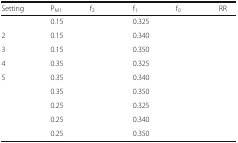
<table><thead><tr><td><b>Setting</b></td><td><b>P<sub>M1</sub></b></td><td><b>f<sub>2</sub></b></td><td><b>f<sub>1</sub></b></td><td><b>f<sub>0</sub></b></td><td><b>RR</b></td></tr></thead><tbody><tr><td>[EMPTY_CELL]</td><td>0.15</td><td>[EMPTY_CELL]</td><td>0.325</td><td>[EMPTY_CELL]</td><td>[EMPTY_CELL]</td></tr><tr><td>2</td><td>0.15</td><td>[EMPTY_CELL]</td><td>0.340</td><td>[EMPTY_CELL]</td><td>[EMPTY_CELL]</td></tr><tr><td>3</td><td>0.15</td><td>[EMPTY_CELL]</td><td>0.350</td><td>[EMPTY_CELL]</td><td>[EMPTY_CELL]</td></tr><tr><td>4</td><td>0.35</td><td>[EMPTY_CELL]</td><td>0.325</td><td>[EMPTY_CELL]</td><td>[EMPTY_CELL]</td></tr><tr><td>5</td><td>0.35</td><td>[EMPTY_CELL]</td><td>0.340</td><td>[EMPTY_CELL]</td><td>[EMPTY_CELL]</td></tr><tr><td>[EMPTY_CELL]</td><td>0.35</td><td>[EMPTY_CELL]</td><td>0.350</td><td>[EMPTY_CELL]</td><td>[EMPTY_CELL]</td></tr><tr><td>[EMPTY_CELL]</td><td>0.25</td><td>[EMPTY_CELL]</td><td>0.325</td><td>[EMPTY_CELL]</td><td>[EMPTY_CELL]</td></tr><tr><td>[EMPTY_CELL]</td><td>0.25</td><td>[EMPTY_CELL]</td><td>0.340</td><td>[EMPTY_CELL]</td><td>[EMPTY_CELL]</td></tr><tr><td>[EMPTY_CELL]</td><td>0.25</td><td>[EMPTY_CELL]</td><td>0.350</td><td>[EMPTY_CELL]</td><td>[EMPTY_CELL]</td></tr></tbody></table>